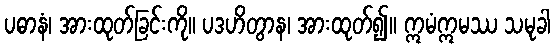
ပဓာနံ၊ အားထုတ်ခြင်းကို။ ပဒဟိတွာန၊ အားထုတ်၍။ ဣမံဣမဿ သမုခါ